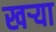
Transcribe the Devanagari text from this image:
खर्‍या